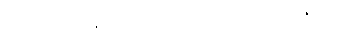
ဥရုဝေလပါဋိဟာရိယကထာ၊ ပါ-၃၁၊ ဋ္ဌ-၂၅၂။